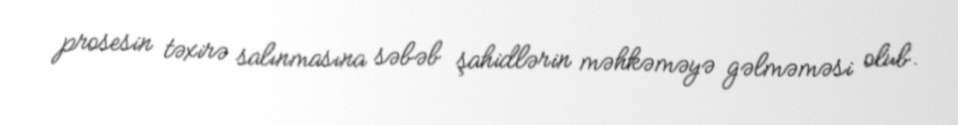
prosesin təxirə salınmasına səbəb şahidlərin məhkəməyə gəlməməsi olub.